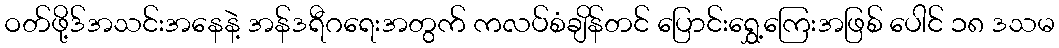
ဝတ်ဖို့ဒ်အသင်းအနေနဲ့ အန်ဒရီဂရေးအတွက် ကလပ်စံချိန်တင် ပြောင်းရွှေ့ကြေးအဖြစ် ပေါင် ၁၈ ဒသမ